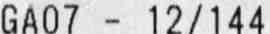
GA07 - 12/144